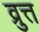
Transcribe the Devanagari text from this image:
व्रुत्त